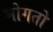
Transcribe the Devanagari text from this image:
भोगतो